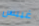
غيبس